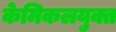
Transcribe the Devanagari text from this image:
केमिकलयुक्त